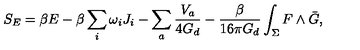
S _ { E } = \beta E - \beta \sum _ { i } \omega _ { i } J _ { i } - \sum _ { a } \frac { V _ { a } } { 4 G _ { d } } - \frac { \beta } { 1 6 \pi G _ { d } } \int _ { \Sigma } F \wedge \bar { G } ,